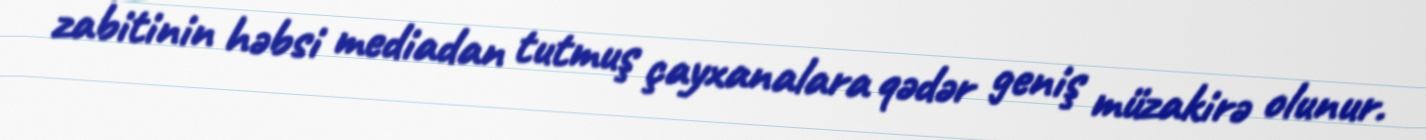
zabitinin həbsi mediadan tutmuş çayxanalara qədər geniş müzakirə olunur.